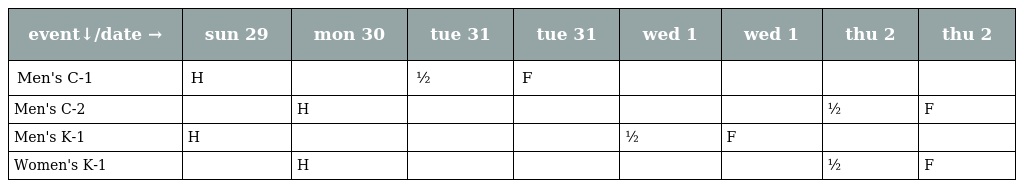
| event↓/date → | sun 29 | mon 30 | tue 31 | tue 31 | wed 1 | wed 1 | thu 2 | thu 2 |
 | --- | --- | --- | --- | --- | --- | --- | --- | --- |
 | Men's C-1 | H |  | ½ | F |  |  |  |  |
 | Men's C-2 |  | H |  |  |  |  | ½ | F |
 | Men's K-1 | H |  |  |  | ½ | F |  |  |
 | Women's K-1 |  | H |  |  |  |  | ½ | F |